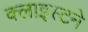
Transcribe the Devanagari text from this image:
क्लाइस्टने